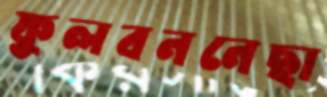
ফুলবননেছা